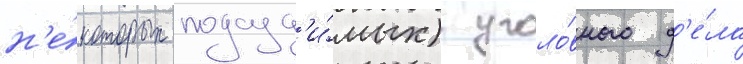
н'е́которых подсуд'и́мых) уголо́вного д'е́ла